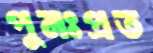
পুনঃপ্রত